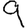
Digit: 9